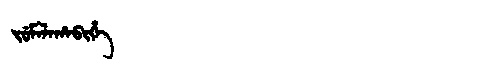
Manchu: ᠵᡠᠮᠠᠯᠠᡥᠠᠪᡳᡥᡝ
Romanization: JUMALAHABIHE